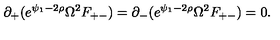
\partial _ { + } ( e ^ { \psi _ { 1 } - 2 \rho } \Omega ^ { 2 } F _ { + - } ) = \partial _ { - } ( e ^ { \psi _ { 1 } - 2 \rho } \Omega ^ { 2 } F _ { + - } ) = 0 .